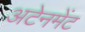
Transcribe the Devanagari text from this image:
अटेनमेंट